Report on malaria in the Punjab during the year ...  together with an account of the work of the Punjab Malaria Bureau - Volume 5
Disease focus: Malaria
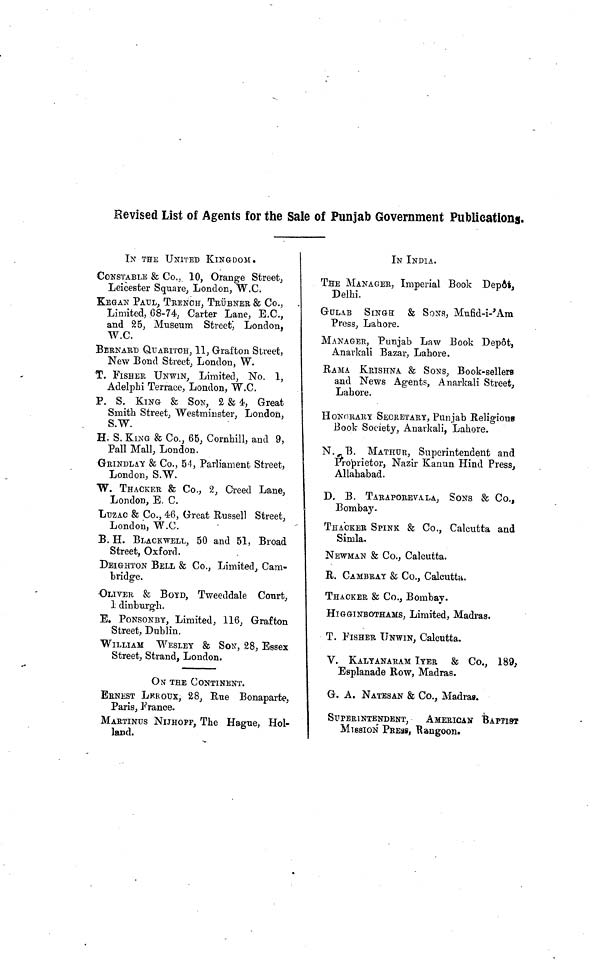
Revised List of Agents for the Sale of Punjab Government Publications.
IN THE UNITED KINGDOM.
CONSTABLE & Co., 10, Orange Street,
Leicester Square, London, W.C.
KEGAN PAUL, TRENCH, TRÜBNER & Co.,
Limited, 68-74, Carter Lane, E.C.,
and 25, Museum Street, London,
W.C.
BERNARD QUARITOH, 11, Grafton Street,
New Bond Street, London, W.
T. FISHER UNWIN, Limited, No. 1,
Adelphi Terrace, London, W.C..
P. S. KING & SON, 2 & 4, Great
Smith Street, Westminster, London,
S.W.
H. S. KING & Co., 65, Cornhill, and 9,
Pall Mall, London.
GRINDLAY & Co., 5-1, Parliament Street,
London, S.W.
W. THACKER & Co., 2, Creed Lane,
London, E. C.
LUZAC & Co., 46, Great Russell Street,
London, W.C.
B. H. BLACKWELL, 50 and 51, Broad
Street, Oxford.
DEIGHTON BELL & Co., Limited, Cam-
bridge.
OLIVER & BoyD, Tweeddale Court,
1 dinburgh.
E. PONSONBY, Limited, 116, Grafton
Street, Dublin.
WILLIAM
WESLEY & SON, 28, Essex
Street, Strand, London.
ON THE CONTINENT.
ERNEST LEROUX, 28, Rue Bonaparte,
Paris, France.
MARTINUS NIJHOFF, The Hague, Hol-
land.
IN INDIA.
THE MANAGER, Imperial Book Depot,
Delhi.
GULAB SINGH
& SONS, Mufid-i-'Am
Press, Lahore.
MANAGER, Punjab Law Book Depot,
Anarkali Bazar, Lahore.
RAMA KRISHNA & SONS, Book-sellers
and News Agents, Anarkali Street,
Lahore.
HONORARY SECRETARY, Punjab Religious
Book Society, Anarkali, Lahore.
N.B.
MATHUR, Superintendent and
Proprietor, Nazir Kanun Hind Press,
Allahabad.
D. B. TARAPOREVALA, SONS & Co.,
Bombay.
THACKER SPINK & Co., Calcutta and
Simla.
NEWMAN & Co., Calcutta.
R. CAMBRAY & Co., Calcutta.
THACKER & Co., Bombay.
HIGGINBOTHAMS, Limited, Madras.
T. FISHER UNWIN, Calcutta.
V. KALYANARAM IYER & Co., 189,
Esplanade Row, Madras.
G. A. NATESAN & Co., Madras.
SUPERINTENDENT,
AMERICAN BAPTIST
MISSION PRESS, Rangoon.